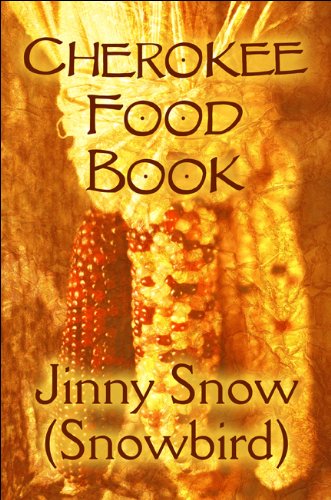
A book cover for Cherokee Food Book; Jinny Snow (Snowbird); Cookbooks, Food & Wine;